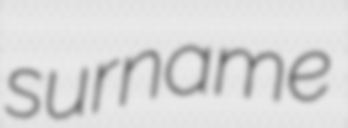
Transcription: surname